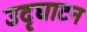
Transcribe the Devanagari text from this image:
उदृघाटन